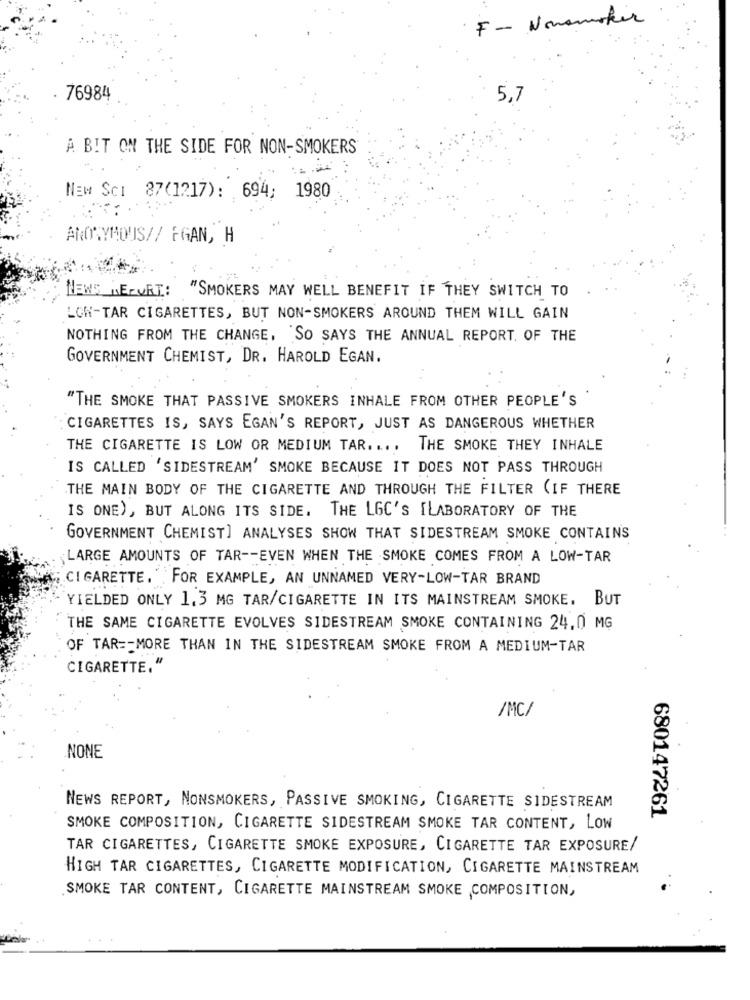
F -- Nonsmoker
76984
5,7
A BIT ON THE SIDE FOR NON-SMOKERS
NEM SCI 87(1217): 694: 1980
ANONYMOUS// FRAN, H
NEWS REPORT: "SMOKERS MAY WELL BENEFIT IF THEY SWITCH TO
LOW-TAR CIGARETTES, BUT NON-SMOKERS AROUND THEM WILL GAIN
NOTHING FROM THE CHANGE, SO SAYS THE ANNUAL REPORT. OF THE
GOVERNMENT CHEMIST, DR. HAROLD EGAN.
"THE SMOKE THAT PASSIVE SMOKERS INHALE FROM OTHER PEOPLE'S
CIGARETTES IS, SAYS EGAN'S REPORT, JUST AS DANGEROUS WHETHER
THE CIGARETTE IS LOW OR MEDIUM TAR. ... THE SMOKE THEY INHALE
IS CALLED 'SIDESTREAM' SMOKE BECAUSE IT DOES NOT PASS THROUGH
THE MAIN BODY OF THE CIGARETTE AND THROUGH THE FILTER (IF THERE
IS ONE), BUT ALONG ITS SIDE.
THE LGC'S ILABORATORY OF THE
GOVERNMENT CHEMIST] ANALYSES SHOW THAT SIDESTREAM SMOKE CONTAINS
LARGE AMOUNTS OF TAR -- EVEN WHEN THE SMOKE COMES FROM A LOW-TAR
CIGARETTE. FOR EXAMPLE, AN UNNAMED VERY-LOW-TAR BRAND
YIELDED ONLY 1.3 MG TAR/CIGARETTE IN ITS MAINSTREAM SMOKE. BUT
THE SAME CIGARETTE EVOLVES SIDESTREAM SMOKE CONTAINING 24,0 MG
OF TAR == MORE THAN IN THE SIDESTREAM SMOKE FROM A MEDIUM-TAR
CIGARETTE,"
/MC/
NONE
NEWS REPORT, NONSMOKERS, PASSIVE SMOKING, CIGARETTE SIDESTREAM
680147261
SMOKE COMPOSITION, CIGARETTE SIDESTREAM SMOKE TAR CONTENT, LOW
TAR CIGARETTES, CIGARETTE SMOKE EXPOSURE, CIGARETTE TAR EXPOSURE/
HIGH TAR CIGARETTES, CIGARETTE MODIFICATION, CIGARETTE MAINSTREAM
SMOKE TAR CONTENT, CIGARETTE MAINSTREAM SMOKE COMPOSITION,